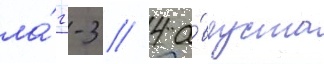
ла́гг-3 // 4 а́вгуста